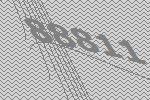
88811